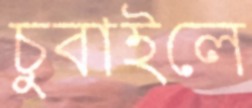
চুবাইলে